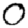
Digit: 0